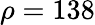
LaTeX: \rho=138